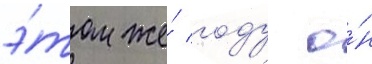
э́том же́ году о́н